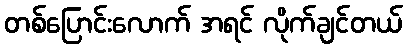
တစ်ပြောင်းလောက် အရင် လိုက်ချင်တယ်